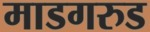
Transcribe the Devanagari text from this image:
माडगरुड